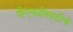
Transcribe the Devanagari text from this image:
पीएचडीसाठीचे